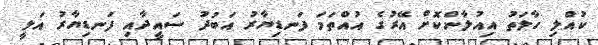
ކުއްލި ހާލަތު އިއުލާންކޮށް އޭރުގެ އުއްތަމަ ފަނޑިޔާރު އަބުދު ސައީދާއި ފަނޑިޔާރު އަލީ